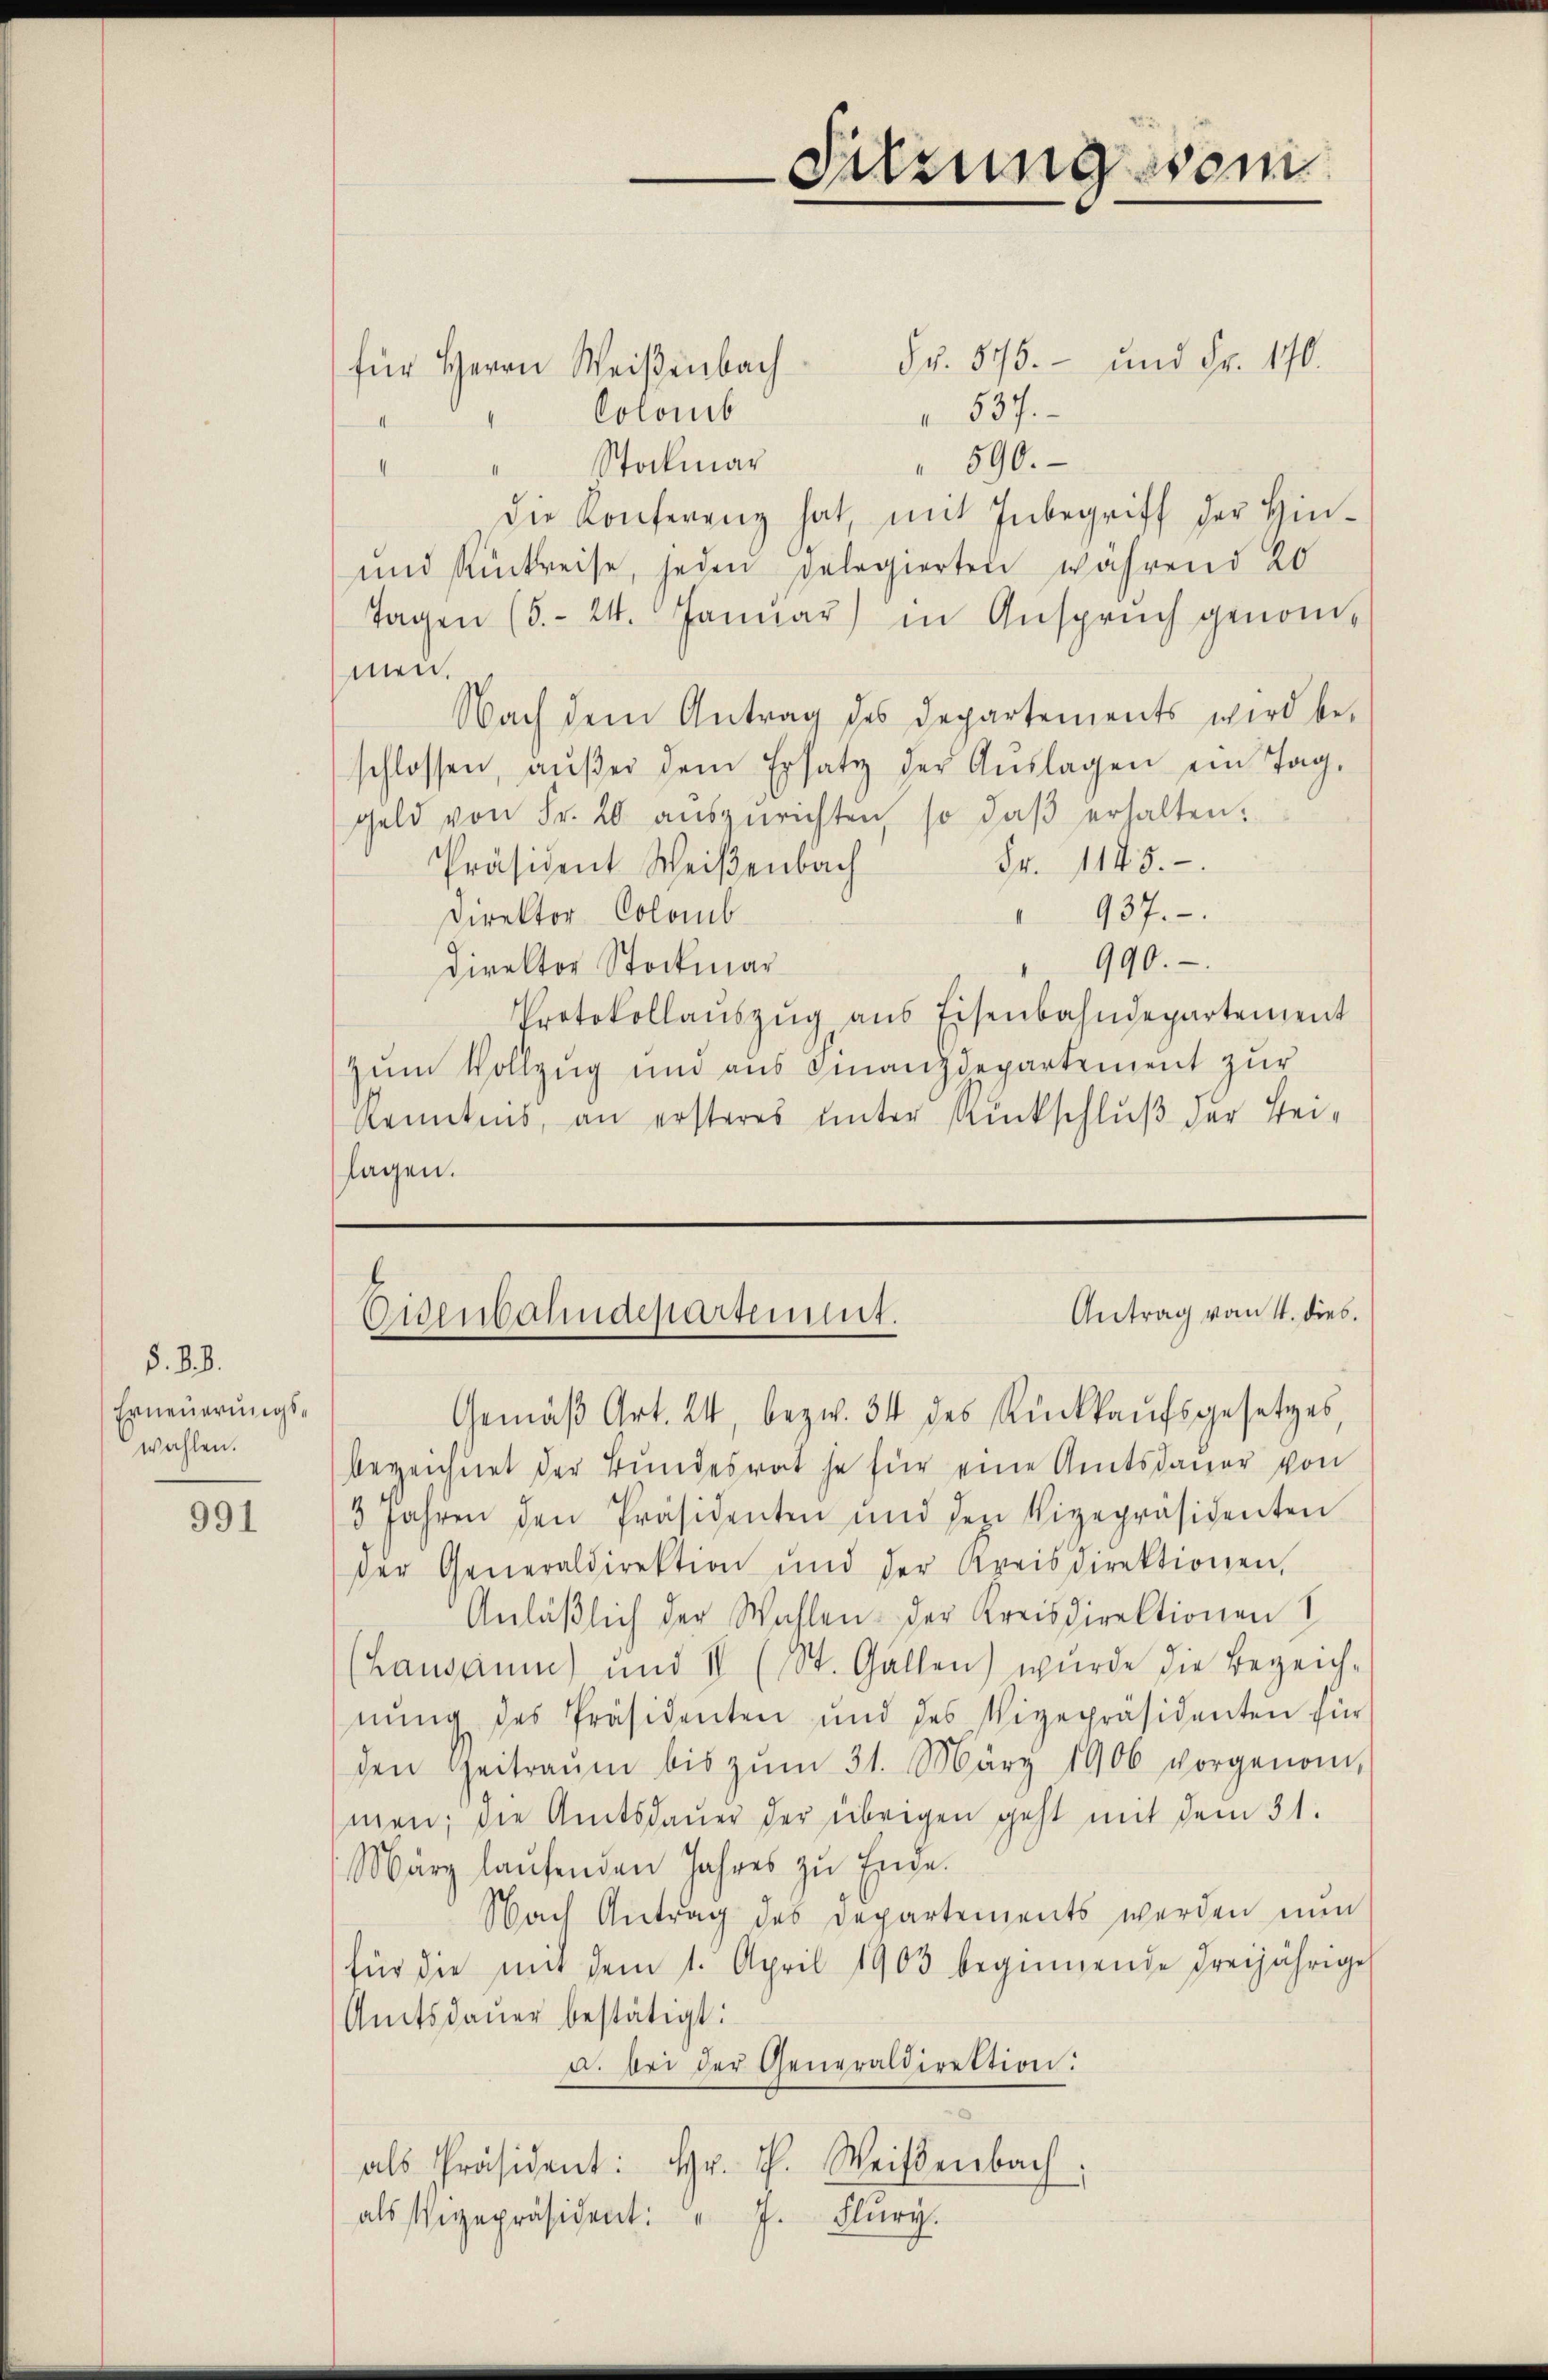
§. §. 8.
Erneuerungswahlen.

991

§§. 575. - und Fr. 170.
für Herrn Weißenbach
 537.
Colomb
II
590.
Stockmar
II
Die Konferenz hat, mit Inbegriff der Hin¬
und Rückreise, jeden gelegierten während ab
Tagen (S. 24. Januar) in Anspruch genommen.
Nach dem Antrag des Departements wird be-
schlossen, aŭβer dem Ersatz der Aŭslagen ein Tag,
geld von Fr. 20 aŭsgerichten, so daβ erhalten.
Fr. 1145.
Präsident Weißenbach
" 937.
Direktor Colomb
" 990.
direktor Stockmar
Protokollaŭszŭg aŭs Eisenbahndepartement
Zum Vollzug und aus Finanzdepartement zur
kenntens, an ersteres unter Rückschluß der Beilagen.

Sitzung vom

Antrag vom 4. dies
Eisenbahndepartement.

Gemäβ Art. 24, bezw. 34 des Rückkaŭfsgesetzes,
bezeichnet der Bundesrathe für eine Amtsdauer von
3 Jahren den Präsidenten und den Vizepräsidenten
der Generaldirektion und der Kreisdirektionen,
Anläßlich der Wahlen der Kreisdirektionen
(Lausaum) und II (St. Gallen) wurde die Bezeich-
nŭng des Präsidenten und des Vizepräsidenten für
den Heitraŭm bis zŭm 31. März 1906 vorgenom-
men; die Amtsdaŭer der übrigen geht mit dem 31.
März laŭfenden Jahres zu Ende.
Nach Antrag des Departements werden nun
für die mit dem 1. April 1903 beginnende dreijährige
Amtsdauer bestätigt:
u. sei der Generaldirektion:
als Präsident: Hr. P. Weisenbach
als Vigepräsident: " J. Flury.